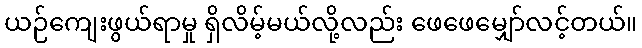
ယဉ်ကျေးဖွယ်ရာမှု ရှိလိမ့်မယ်လို့လည်း ဖေဖေမျှော်လင့်တယ်။